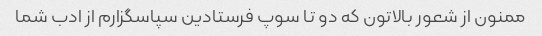
ممنون از شعور بالاتون که دو تا سوپ فرستادین سپاسگزارم از ادب شما